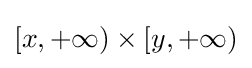
[x,+\infty )\times [y,+\infty )